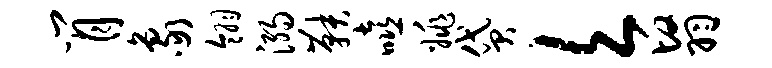
肖象翎溺鞅嘻姚贷欠翳